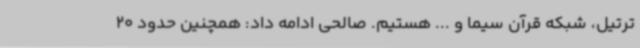
ترتیل، شبکه قرآن سیما و ... هستیم. صالحی ادامه داد: همچنین حدود 20